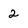
Character: 2